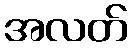
အလတ်